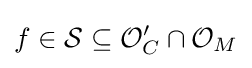
f\in {\mathcal {S}}\subseteq {\mathcal {O}}'_{C}\cap {\mathcal {O}}_{M}